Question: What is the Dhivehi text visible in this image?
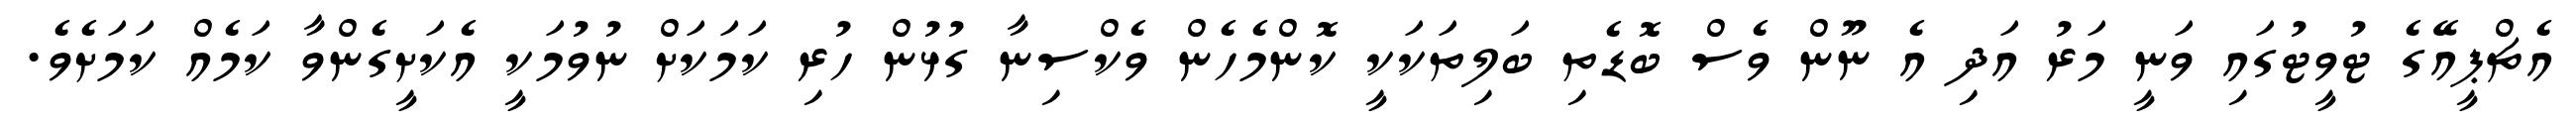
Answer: އެޗްޕީއޭގެ ޓުވީޓުގައި ވަނީ މަރު އަދި އެ ނޫން ވެސް ބޮޑެތި ބަލިތަކަކީ ކޮންމެހެން ވެކްސިނާ ގުޅުން ހުރި ކަމަކަށް ނުވުމަކީ އެކަށީގެންވާ ކަމެއް ކަމަށެވެ.